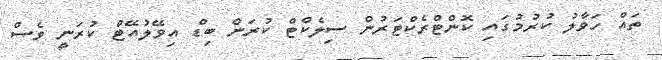
ތައް ހަވާލު ކުރުމުގައި ކޮންޓްރެކްޓަރުން ސިލެކްޓް ކުރަން ބިޑް އިވޭލުއޭޓް ކުރަނީ ވެސް